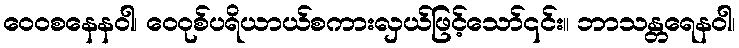
ဝေဝစနေနဝါ၊ ဝေဝုစ်ပရိယာယ်စကားလှယ်ဖြင့်သော်၎င်း။ ဘာသန္တရေနဝါ၊